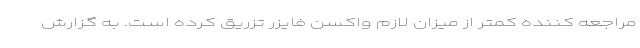
مراجعه کننده کمتر از میزان لازم واکسن فایزر تزریق کرده است. به گزارش